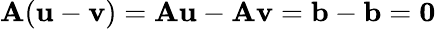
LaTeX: \mathbf{A}(\mathbf{{u}}-\mathbf{{v}})=\mathbf{A}\mathbf{{u}}-\mathbf{A}\mathbf{{v}}=\mathbf{{b}}-\mathbf{{b}}=\mathbf{{0}}